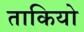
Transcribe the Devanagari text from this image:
ताकियो